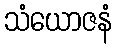
သံယောဇနံ